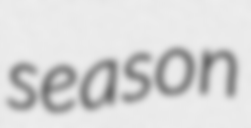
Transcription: season